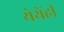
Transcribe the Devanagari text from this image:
येथेंही